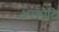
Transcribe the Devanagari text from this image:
अस्कोटि